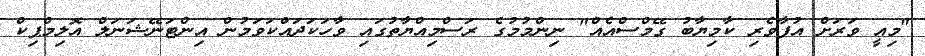
"މިއީ ވަރަށް އުފާވެރި ކާމިޔާބު ގޭމްސްއެއް" ނިންމުމުގެ ރަސްމިއްޔާތުގައި ވާހަކަދައްކަވަމުން އިންޓަނޭޝަނަލް އޮލިމްޕިކް